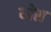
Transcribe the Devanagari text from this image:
य्प्रेस